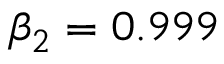
\beta _ { 2 } = 0 . 9 9 9